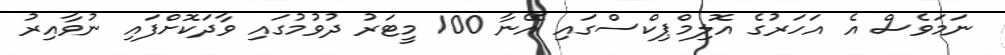
ނަމަވެސް އެ އަހަރުގެ އޮލިމްޕިކްސްގައި އޭނާ 100 މީޓަރު ދުވުމުގައި ވާދަކޮށްފައި ނުވާއިރު